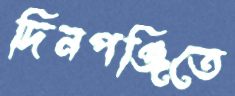
দিনপঞ্জিতে